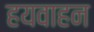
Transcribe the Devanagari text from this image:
हयवाहन